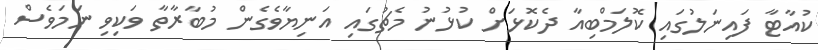
ކުއާޓާ ފައިނަލުގައި ކޮލަމްބިއާ ދެކޮޅަށް ކުޅުނު މެޗުގައި އަނިޔާވެގެން މުބާރާތާ ވަކިވި ނަމަވެސް